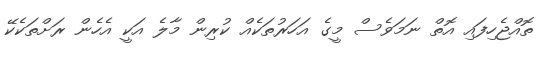
ތޮއްޖެހިފައި އޮތް ނަމަވެސް މީގެ އަހަރުތަކެއް ކުރިން މާލެ އަކީ އެހެން ރަށްތަކެކޭ